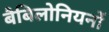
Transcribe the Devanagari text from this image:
बैबिलोनियनों